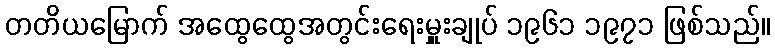
တတိယမြောက် အထွေထွေအတွင်းရေးမှူးချုပ် ၁၉၆၁ ၁၉၇၁ ဖြစ်သည်။